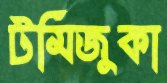
টমিজুকা